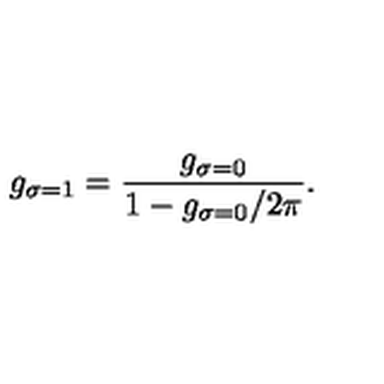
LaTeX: g _ { \sigma = 1 } = \frac { g _ { \sigma = 0 } } { 1 - g _ { \sigma = 0 } / 2 \pi } .